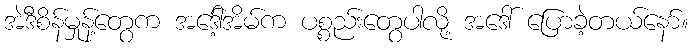
အဲဒီစိန်မှုန့်တွေက အဒေါ့်အိမ်က ပစ္စည်းတွေပါလို့ အဒေါ် ပြောခဲ့တယ်နော်။